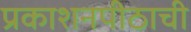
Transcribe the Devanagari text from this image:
प्रकाशनपीठाची